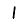
Digit: 1